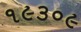
૧૯૩૦૯